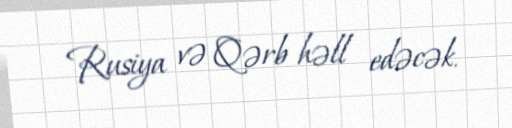
Rusiya və Qərb həll edəcək.